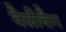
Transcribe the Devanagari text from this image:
वैलीवैग